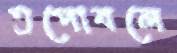
তপোবলে